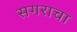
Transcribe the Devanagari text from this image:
सगराचा